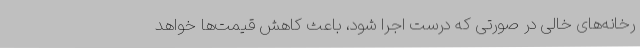
رخانه‌های خالی در صورتی که درست اجرا شود، باعث کاهش قیمت‌ها خواهد